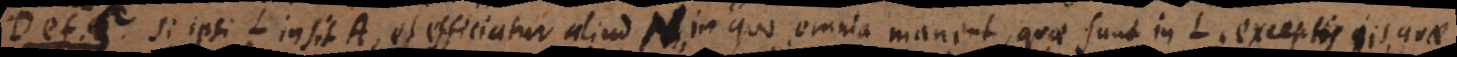
5. Si ipsi L insit A, et efficiatur aliud N, in quo omnia manent, quae sunt in L, exceptis iis quae